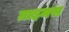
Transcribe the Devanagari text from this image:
ग्राइमस